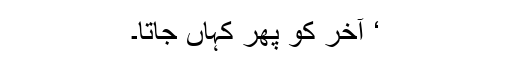
‘ آخر کو پھر کہاں جاتا۔